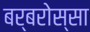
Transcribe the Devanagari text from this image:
बर्बरोस्सा